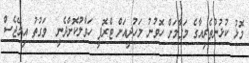
މޮޅު ކުޅުންތެރިއާގެ މަގާމަށް ހޮވުނު މަހުދީއަށް ޓްރޮފީ ހަވާލުކޮށްދެނީ  ވަގުތު އިމޭޖެސް